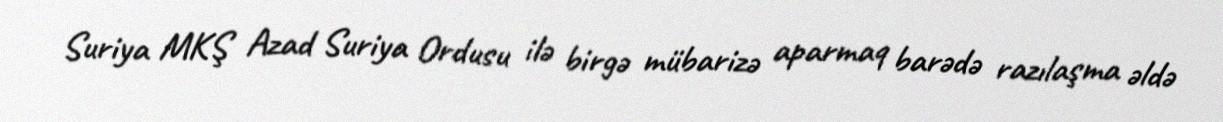
Suriya MKŞ Azad Suriya Ordusu ilə birgə mübarizə aparmaq barədə razılaşma əldə